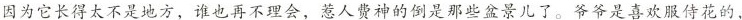
因为它长得太不是地方，谁也再不理会，惹人费神的倒是那些盆景儿了。爷爷是喜欢服侍花的，